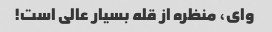
وای، منظره از قله بسیار عالی است!